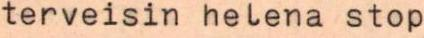
terveisin helena stop